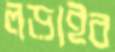
লড়াইব